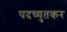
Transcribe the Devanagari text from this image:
पदच्युतकर